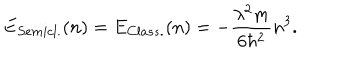
E _ { S e m i c l . } ( n ) = E _ { C l a s s . } ( n ) = - { \frac { \lambda ^ { 2 } m } { 6 \hbar ^ { 2 } } } n ^ { 3 } .